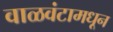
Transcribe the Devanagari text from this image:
वाळवंटामधून